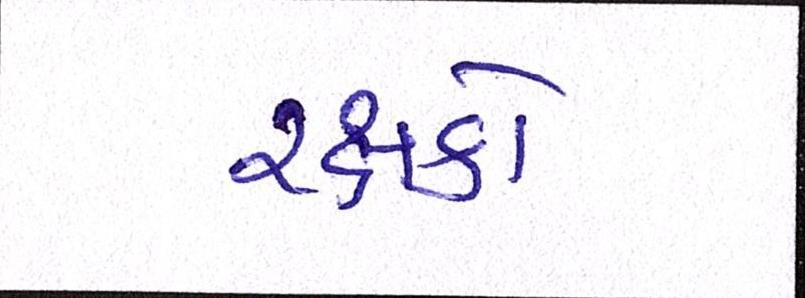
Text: રક્ષકો